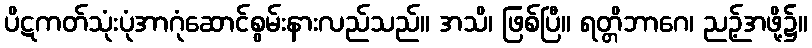
ပိဋကတ်သုံးပုံအာဂုံဆောင်စွမ်းနားလည်သည်။ အသိ၊ ဖြစ်ပြီ။ ရတ္တိဘာဂေ၊ ညဉ့်အဖို့၌။